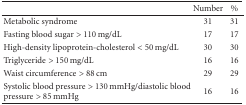
<table><thead><tr><td></td><td><b>Number</b></td><td><b>%</b></td></tr></thead><tbody><tr><td>Metabolic syndrome</td><td>31</td><td>31</td></tr><tr><td>Fasting blood sugar &gt; 110 mg/dL</td><td>17</td><td>17</td></tr><tr><td>High-density lipoprotein-cholesterol &lt; 50 mg/dL</td><td>30</td><td>30</td></tr><tr><td>Triglyceride &gt; 150 mg/dL</td><td>16</td><td>16</td></tr><tr><td>Waist circumference &gt; 88 cm</td><td>29</td><td>29</td></tr><tr><td>Systolic blood pressure &gt; 130 mmHg/diastolic blood pressure &gt; 85 mmHg</td><td>16</td><td>16</td></tr></tbody></table>